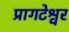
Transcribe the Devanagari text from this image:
प्रागटेश्वर